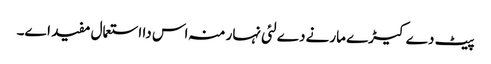
پیٹ دے کیڑے مارنے دے لئی نہار منہ اس دا استعمال مفید ا‏‏ے۔